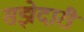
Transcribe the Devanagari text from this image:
सझेदारी